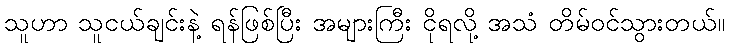
သူဟာ သူငယ်ချင်းနဲ့ ရန်ဖြစ်ပြီး အများကြီး ငိုရလို့ အသံ တိမ်ဝင်သွားတယ်။